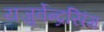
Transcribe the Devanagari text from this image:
यजुर्वेन्द्रसिंग